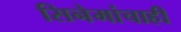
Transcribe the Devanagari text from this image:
सिनेमांचाही